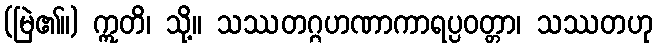
(မြဲ၏။) ဣတိ၊ သို့။ သဿတဂ္ဂဟဏာကာရပ္ပဝတ္တာ၊ သဿတဟု